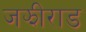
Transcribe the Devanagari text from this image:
जझीराड